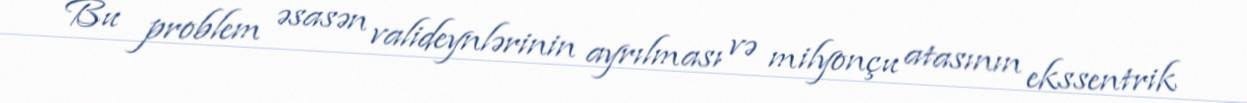
Bu problem əsasən valideynlərinin ayrılması və milyonçu atasının ekssentrik